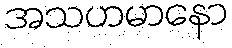
အသဟမာနော